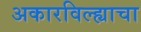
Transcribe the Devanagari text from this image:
अकारविल्ह्याचा